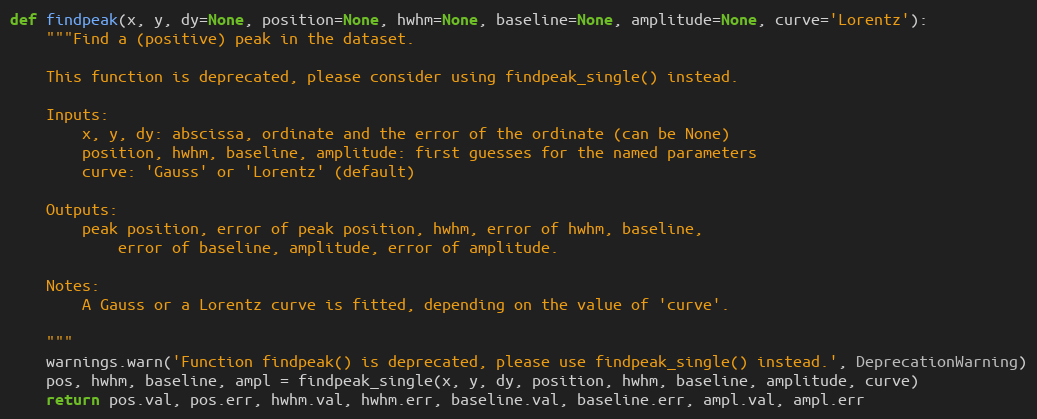
Language: Python
def findpeak(x, y, dy=None, position=None, hwhm=None, baseline=None, amplitude=None, curve='Lorentz'):
    """Find a (positive) peak in the dataset.

    This function is deprecated, please consider using findpeak_single() instead.

    Inputs:
        x, y, dy: abscissa, ordinate and the error of the ordinate (can be None)
        position, hwhm, baseline, amplitude: first guesses for the named parameters
        curve: 'Gauss' or 'Lorentz' (default)

    Outputs:
        peak position, error of peak position, hwhm, error of hwhm, baseline,
            error of baseline, amplitude, error of amplitude.

    Notes:
        A Gauss or a Lorentz curve is fitted, depending on the value of 'curve'.

    """
    warnings.warn('Function findpeak() is deprecated, please use findpeak_single() instead.', DeprecationWarning)
    pos, hwhm, baseline, ampl = findpeak_single(x, y, dy, position, hwhm, baseline, amplitude, curve)
    return pos.val, pos.err, hwhm.val, hwhm.err, baseline.val, baseline.err, ampl.val, ampl.err